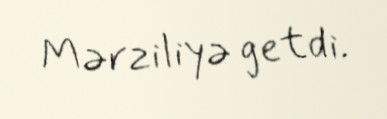
Mərziliyə getdi.